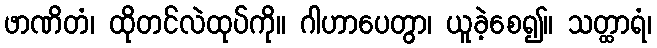
ဖာဏိတံ၊ ထိုတင်လဲထုပ်ကို။ ဂါဟာပေတွာ၊ ယူခဲ့စေ၍။ သတ္ထာရံ၊